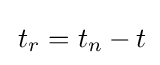
\,t_{r}=t_{n}-t